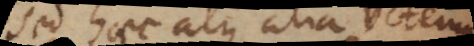
Sed haec atque alia veterum